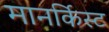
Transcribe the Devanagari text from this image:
मानर्किस्ट